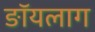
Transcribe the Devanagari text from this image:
ङॉयलाग